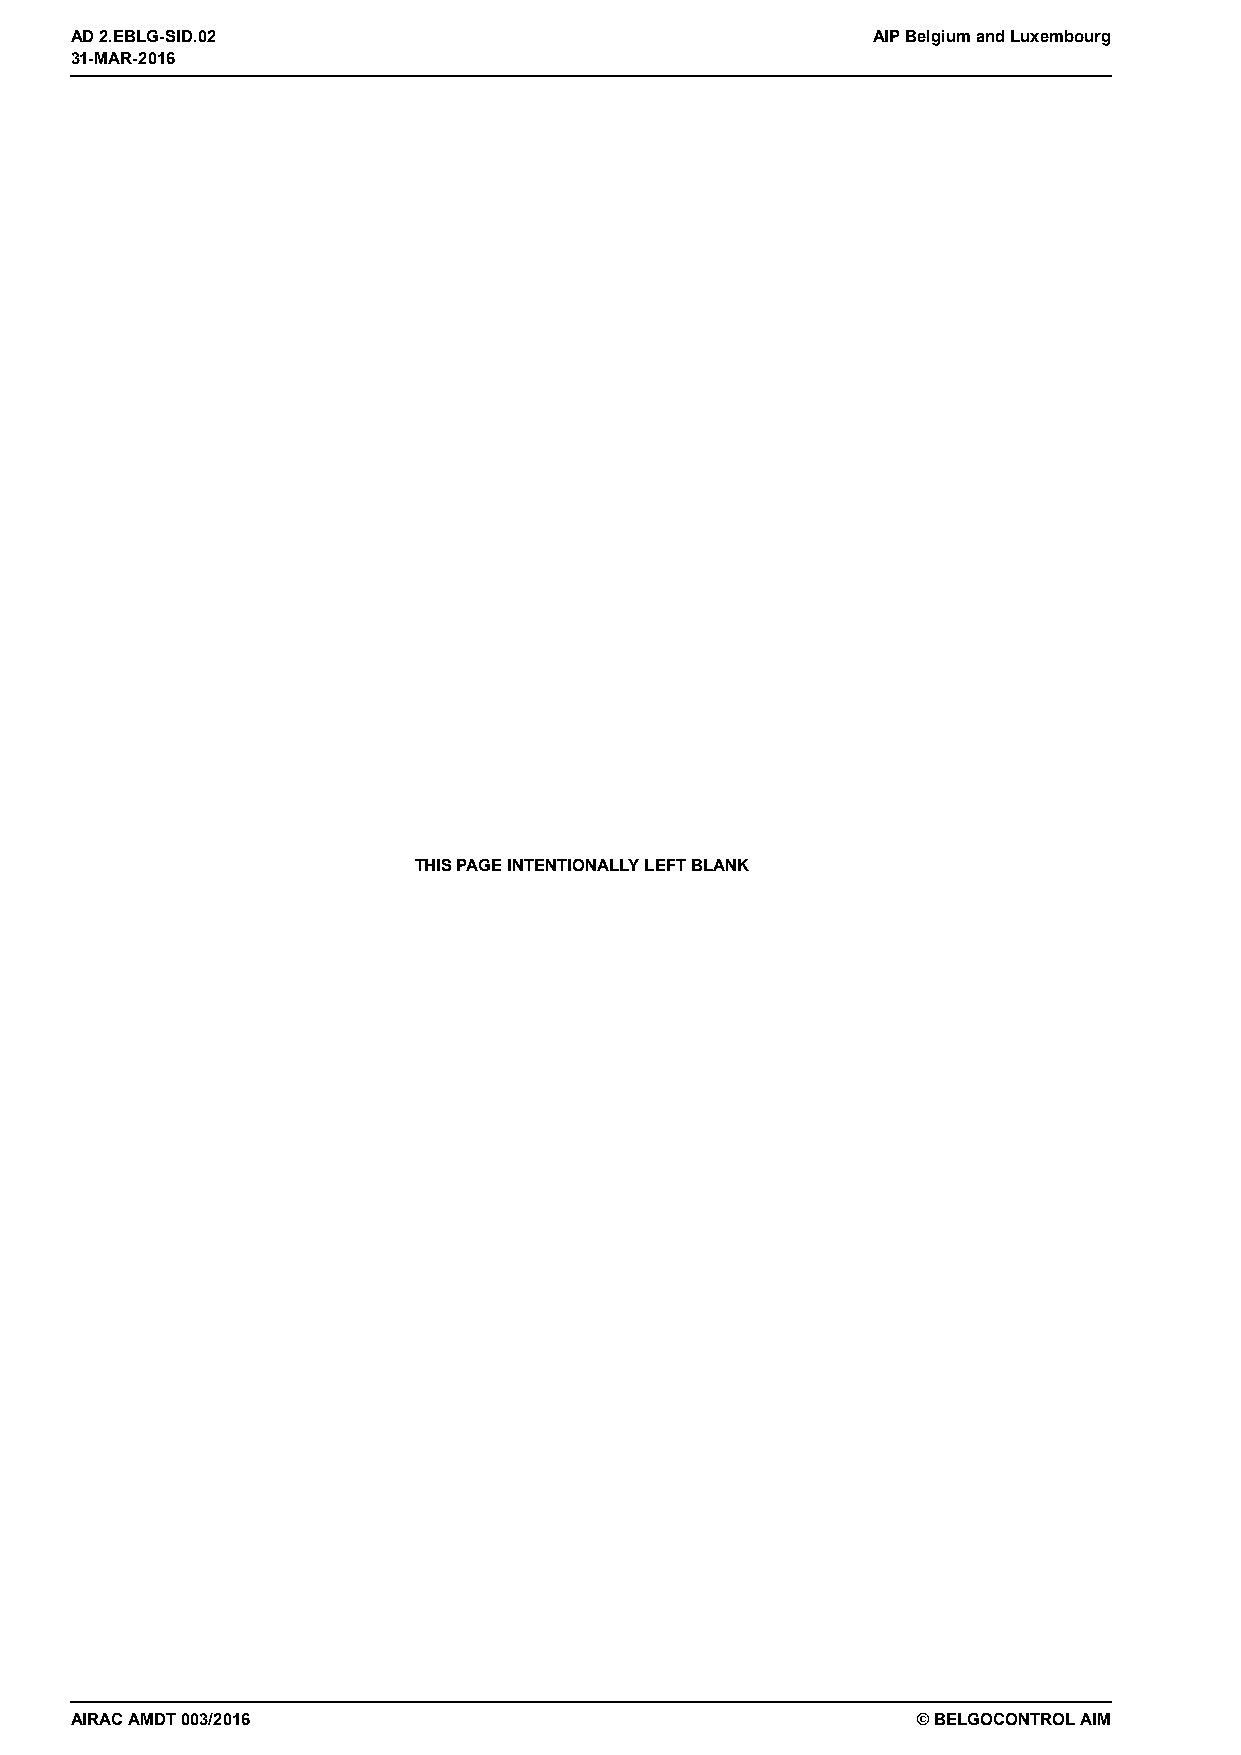
31-MAR-2016
 AD 2.EBLG-SID.02                                     AIP Belgium and Luxembourg
 31-MAR-2016
 THIS PAGE INTENTIONALLY LEFT BLANK
 AIRAC AMDT 003/2016                                     © BELGOCONTROL AIM